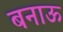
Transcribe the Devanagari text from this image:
बनाऊ